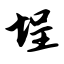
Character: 埕